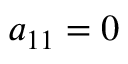
a _ { 1 1 } = 0